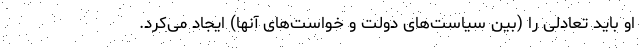
او باید تعادلی را (بین سیاست‌های دولت و خواست‌های آنها) ایجاد می‌کرد.